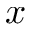
x